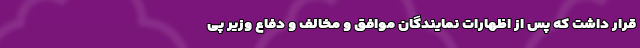
قرار داشت که پس از اظهارات نمایندگان موافق و مخالف و دفاع وزیر پی